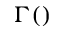
\Gamma ( )